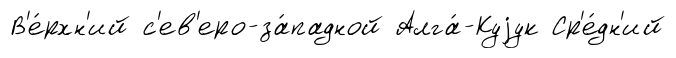
В'е́рхн'ий с'ев'еро-за́падной Алга́-Куjук Ср'е́дн'ий